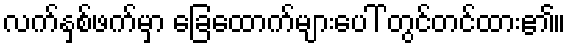
လက်နှစ်ဖက်မှာ ခြေထောက်များပေါ် တွင်တင်ထား၏။